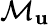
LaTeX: \mathcal{M}_{\mathbf u}